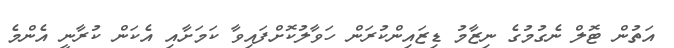
އަތުން ޓޮލް ނެގުމުގެ ނިޒާމު ޑިޒައިންކުރަން ހަވާލުކޮށްފައިވާ ކަމަށާއި އެކަން ކުރާނީ އެންމެ